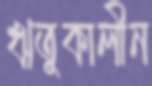
ঋতুকালীন